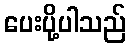
ပေးပို့ပါသည်